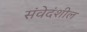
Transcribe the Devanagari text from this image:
संवेदंशील